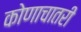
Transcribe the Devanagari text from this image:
कोणाचातरी